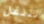
تتنقل